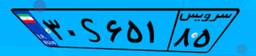
۸۲S۳۷۰۸۵